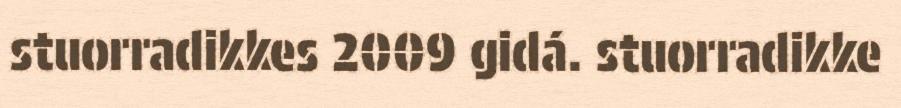
stuorradikkes 2009 gidá. stuorradikke